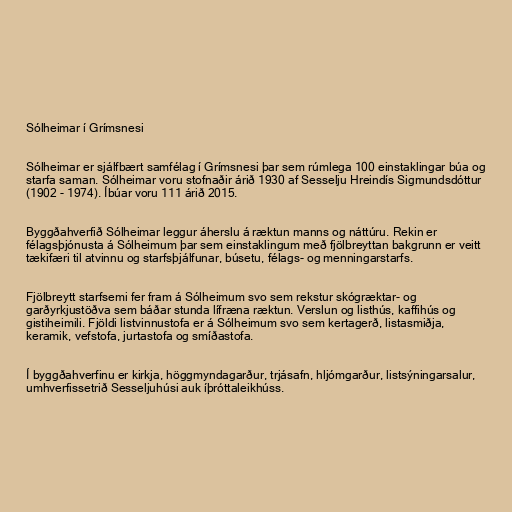
Sólheimar í Grímsnesi

Sólheimar er sjálfbært samfélag í Grímsnesi þar sem rúmlega 100 einstaklingar búa og
starfa saman. Sólheimar voru stofnaðir árið 1930 af Sesselju Hreindís Sigmundsdóttur
(1902 - 1974). Íbúar voru 111 árið 2015.

Byggðahverfið Sólheimar leggur áherslu á ræktun manns og náttúru. Rekin er
félagsþjónusta á Sólheimum þar sem einstaklingum með fjölbreyttan bakgrunn er veitt
tækifæri til atvinnu og starfsþjálfunar, búsetu, félags- og menningarstarfs.

Fjölbreytt starfsemi fer fram á Sólheimum svo sem rekstur skógræktar- og
garðyrkjustöðva sem báðar stunda lífræna ræktun. Verslun og listhús, kaffihús og
gistiheimili. Fjöldi listvinnustofa er á Sólheimum svo sem kertagerð, listasmiðja,
keramik, vefstofa, jurtastofa og smíðastofa.

Í byggðahverfinu er kirkja, höggmyndagarður, trjásafn, hljómgarður, listsýningarsalur,
umhverfissetrið Sesseljuhúsi auk íþróttaleikhúss.